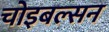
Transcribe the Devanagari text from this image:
चोइबल्सन